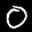
Label: 0